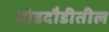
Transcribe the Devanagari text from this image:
घोडदौडीतील